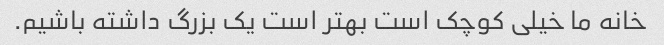
خانه ما خیلی کوچک است بهتر است یک بزرگ داشته باشیم.